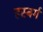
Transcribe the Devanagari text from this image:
हस्बर्ग